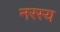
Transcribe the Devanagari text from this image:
नरस्य